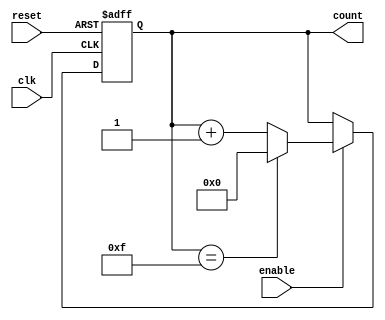
module binary_up_counter_with_enable (
   input wire clk,
   input wire reset,
   input wire enable,
   output reg [3:0] count
);

always @ (posedge clk or posedge reset) begin
   if (reset) begin
      count <= 4'd0;
   end else if (enable) begin
      if (count == 4'd15) begin
         count <= 4'd0;
      end else begin
         count <= count + 4'd1;
      end
   end
end

endmodule